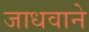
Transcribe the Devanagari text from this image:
जाधवाने